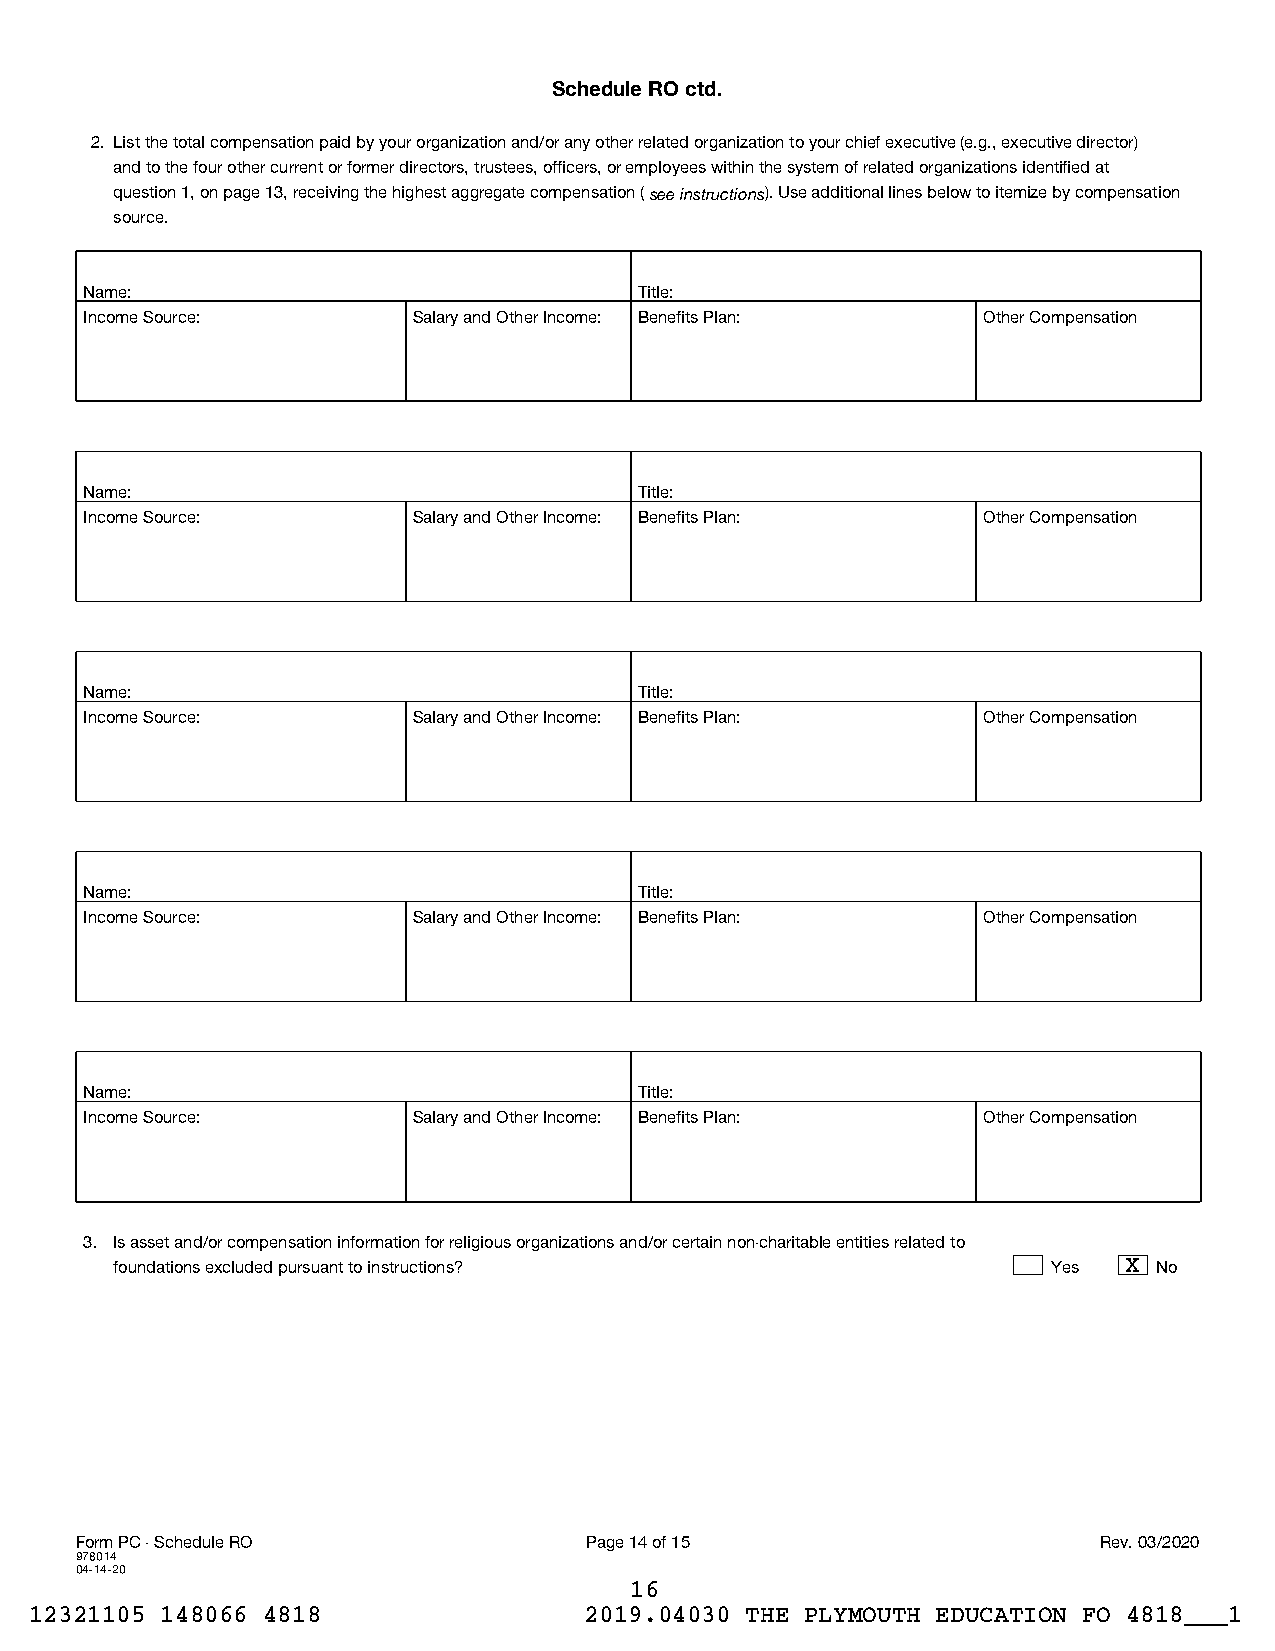
Schedule RO ctd.
 2. List the total compensation paid by your organization and/or any other related organization to your chief executive (e.g., executive director)
 and to the four other current or former directors, trustees, officers, or employees within the system of related organizations identified at
 question 1, on page 13, receiving the highest aggregate compensation (see instructions). Use additional lines below to itemize by compensation
 source.
 Name:                               Title:
 Income Source:       Salary and Other Income: Benefits Plan: Other Compensation
 Name:                               Title:
 Income Source:       Salary and Other Income: Benefits Plan: Other Compensation
 Name:                               Title:
 Income Source:       Salary and Other Income: Benefits Plan: Other Compensation
 Name:                               Title:
 Income Source:       Salary and Other Income: Benefits Plan: Other Compensation
 Name:                               Title:
 Income Source:       Salary and Other Income: Benefits Plan: Other Compensation
 3. Is asset and/or compensation information for religious organizations and/or certain non-charitable entities related to
 foundations excluded pursuant to instructions?                Yes  X No
 Form PC - Schedule RO             Page 14 of 15                     Rev. 03/2020
 978014
 04-14-20
 16
 12321105 148066 4818                 2019.04030 THE PLYMOUTH EDUCATION FO 4818___1